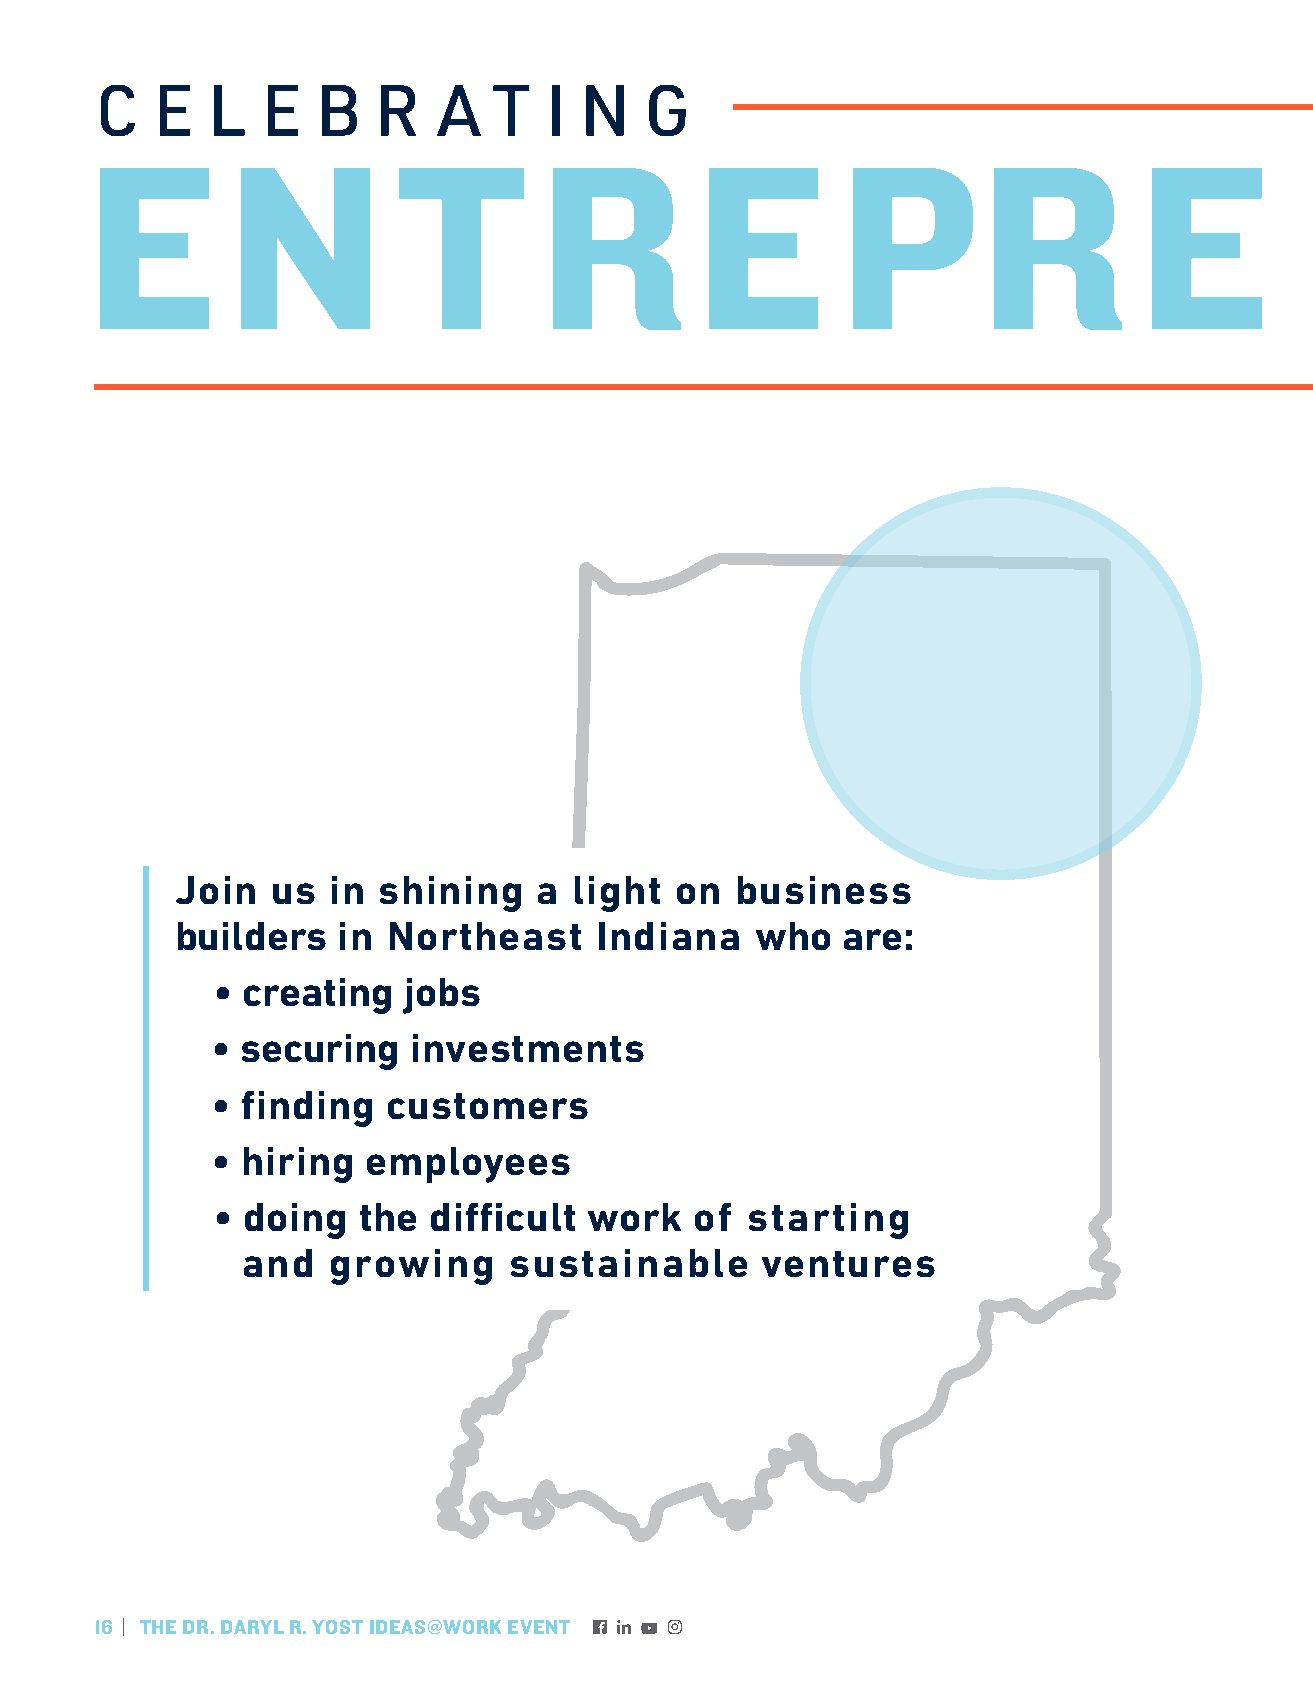
C   E   L  E   B   R   A   T  I N    G
 E        N          T         R         E         PR                 E
 Join  us  in shining    a light  on  business
 builders  in  Northeast    Indiana    who   are:
 • creating   jobs
 • securing   investments
 • finding   customers
 • hiring  employees
 • doing   the difficult  work   of starting
 and   growing     sustainable     ventures
 16 | THE DR. DARYL R. YOST IDEAS@WORK EVENT